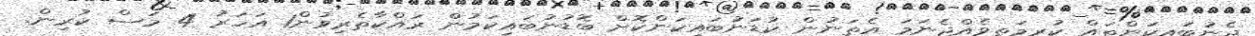
ދެނުބައިކަންތައް ކުރިމަތިވެއްޖެނަމަ އެތަނުން ކުޑަނުބައިކަންކޮށް ބޮޑުނުބައިިކަމުން ރައްކާތެރިވުން1 އަހަރު 4 މަސް ކުރިން.